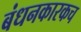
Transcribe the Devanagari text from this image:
बंधनकारकच